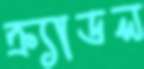
ক্র্যাডল